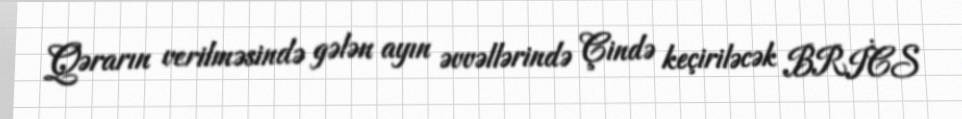
Qərarın verilməsində gələn ayın əvvəllərində Çində keçiriləcək BRİCS